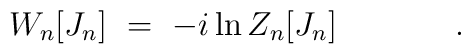
W_n[J_n]\ =\ -i \ln Z_n[J_n] \hspace{1.5cm}.\hspace{0.5cm} \\